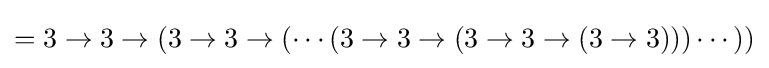
=3\rightarrow 3\rightarrow (3\rightarrow 3\rightarrow (\cdots (3\rightarrow 3\rightarrow (3\rightarrow 3\rightarrow (3\rightarrow 3)))\cdots ))